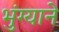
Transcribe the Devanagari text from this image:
भुंग्याने